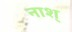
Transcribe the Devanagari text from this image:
नाश्